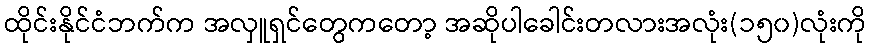
ထိုင်းနိုင်ငံဘက်က အလှူရှင်တွေကတော့ အဆိုပါခေါင်းတလားအလုံး(၁၅၀)လုံးကို